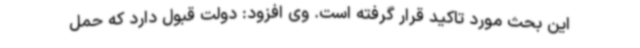
این بحث مورد تاکید قرار گرفته است. وی افزود: دولت قبول دارد که حمل